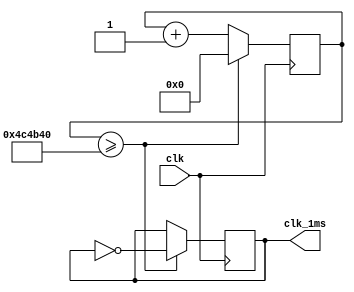
`timescale 1ns / 1ps

// generate a 1 ms (1 KHz) clock
module timer(
    input wire clk,
    output reg clk_1ms
);

    reg [31:0] cnt;

    initial begin
        cnt [31:0] <= 0;
        clk_1ms <= 0;
    end

    always @(posedge clk) begin
        if (cnt >= 5000000) begin
            cnt <= 0;
            clk_1ms <= ~clk_1ms;
        end else begin
            cnt <= cnt + 1'b1;
        end
    end

endmodule